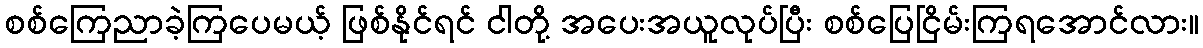
စစ်ကြေညာခဲ့ကြပေမယ့် ဖြစ်နိုင်ရင် ငါတို့ အပေးအယူလုပ်ပြီး စစ်ပြေငြိမ်းကြရအောင်လား။